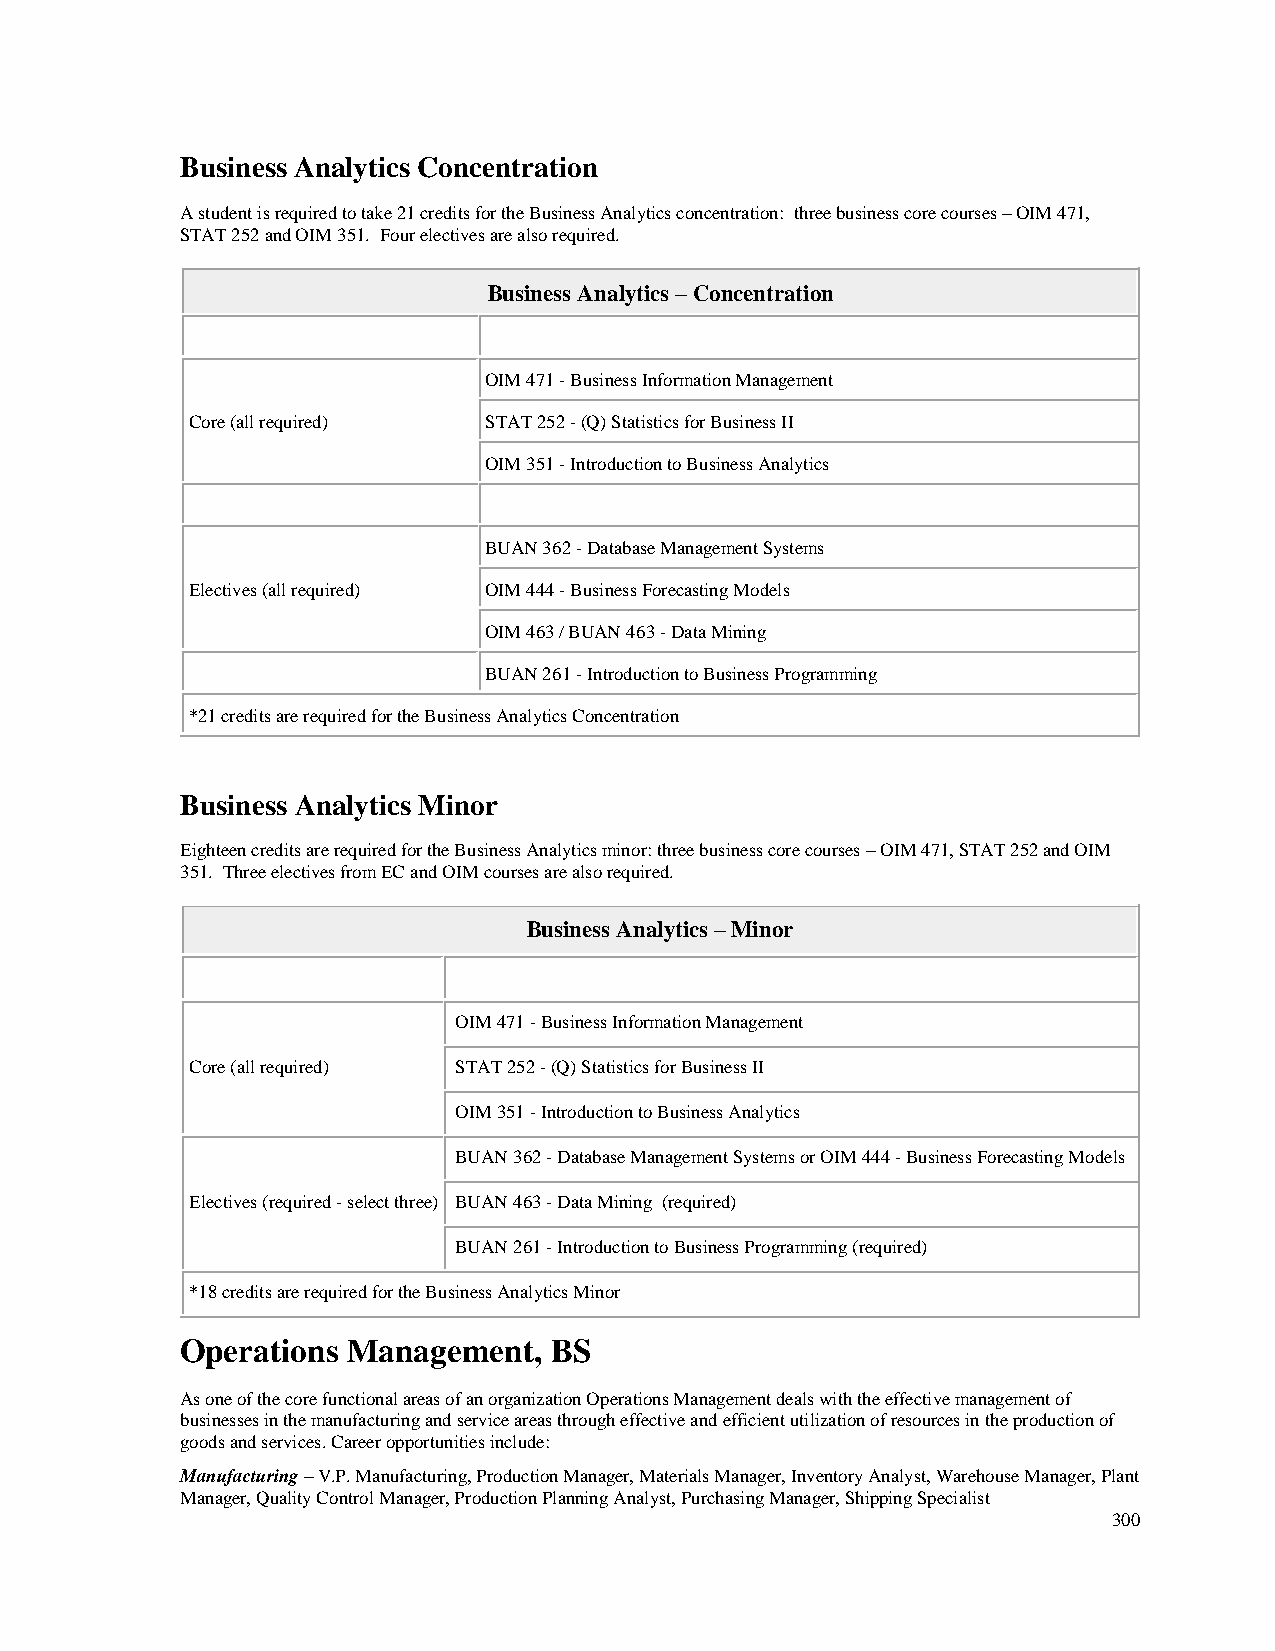
Business Analytics Concentration
 A student is required to take 21 credits for the Business Analytics concentration: three business core courses – OIM 471,
 STAT 252 and OIM 351. Four electives are also required.
 Business Analytics – Concentration
 OIM 471 - Business Information Management
 Core (all required) STAT 252 - (Q) Statistics for Business II
 OIM 351 - Introduction to Business Analytics
 BUAN 362 - Database Management Systems
 Electives (all required) OIM 444 - Business Forecasting Models
 OIM 463 / BUAN 463 - Data Mining
 BUAN 261 - Introduction to Business Programming
 *21 credits are required for the Business Analytics Concentration
 Business Analytics Minor
 Eighteen credits are required for the Business Analytics minor: three business core courses – OIM 471, STAT 252 and OIM
 351. Three electives from EC and OIM courses are also required.
 Business Analytics – Minor
 OIM 471 - Business Information Management
 Core (all required) STAT 252 - (Q) Statistics for Business II
 OIM 351 - Introduction to Business Analytics
 BUAN 362 - Database Management Systems or OIM 444 - Business Forecasting Models
 Electives (required - select three) BUAN 463 - Data Mining (required)
 BUAN 261 - Introduction to Business Programming (required)
 *18 credits are required for the Business Analytics Minor
 Operations Management,  BS
 As one of the core functional areas of an organization Operations Management deals with the effective management of
 businesses in the manufacturing and service areas through effective and efficient utilization of resources in the production of
 goods and services. Career opportunities include:
 Manufacturing – V.P. Manufacturing, Production Manager, Materials Manager, Inventory Analyst, Warehouse Manager, Plant
 Manager, Quality Control Manager, Production Planning Analyst, Purchasing Manager, Shipping Specialist
 300